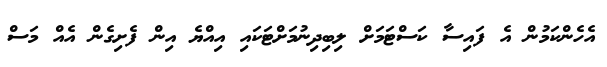
އެހެންކަމުން އެ ފައިސާ ކަސްޓަމަށް ލިބިދިނުމަށްޓަކައި އިއްޔެ އިން ފެށިގެން އެއް މަސް